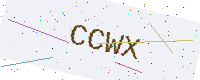
Text: CCWX